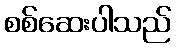
စစ်ဆေးပါသည်